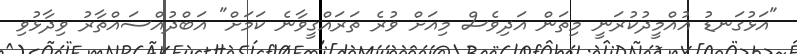
"އަޅުގަނޑު އުއްމީދުކުރަނީ މިތަން އަދިވެސް މިއަށް ވުރެ ތަރައްގީވާނެ ކަމަށް" އަބްދުއްސައްތާރު ވިދާޅުވި